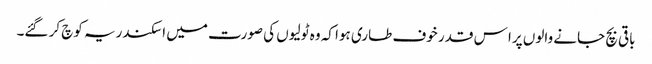
باقی بچ جانے والوں پرا س قدر خوف طاری ہوا کہ وہ ٹولیوں کی صورت میں اسکندریہ کوچ کر گئے۔